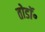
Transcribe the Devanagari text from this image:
तोडॉ॰